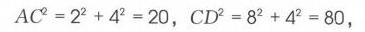
\[
AC^{2}=2^{2}+4^{2}=20,\ CD^{2}=8^{2}+4^{2}=80,
\]